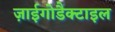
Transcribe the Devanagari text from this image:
ज़ाईगोडैक्टाइल